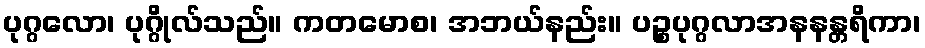
ပုဂ္ဂလော၊ ပုဂ္ဂိုလ်သည်။ ကတမောစ၊ အဘယ်နည်း။ ပဉ္စပုဂ္ဂလာအနနန္တရိကာ၊